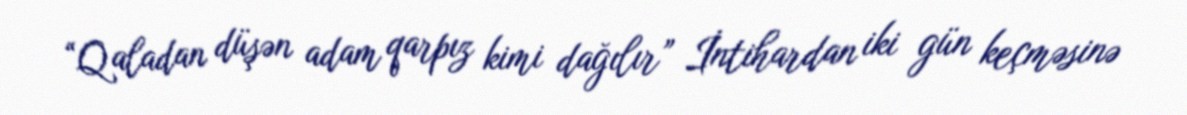
“Qaladan düşən adam qarpız kimi dağılır” İntihardan iki gün keçməsinə